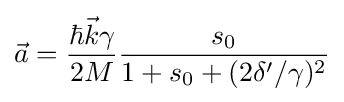
{\vec {a}}={\frac {\hbar {\vec {k}}\gamma }{2M}}{\frac {s_{0}}{1+s_{0}+(2\delta '/\gamma )^{2}}}